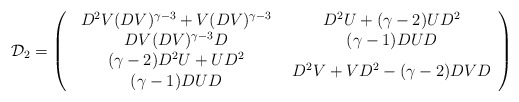
\begin{align*}{\cal D}_{2} = \left(\begin{array}{cc}\begin{array}{c}D^{2}V(DV)^{\gamma -3} + V(DV)^{\gamma -3}\\DV(DV)^{\gamma -3}D\end{array} & \begin{array}{c}D^{2}U + (\gamma -2)UD^{2}\\(\gamma -1) DUD\end{array}\\\begin{array}{c}(\gamma -2) D^{2}U + UD^{2}\\(\gamma -1) DUD\end{array} & D^{2}V + VD^{2} - (\gamma -2)DVD\end{array}\right)\end{align*}